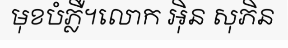
មុខបំភ្លឺ។លោក អ៊ិន សុភិន